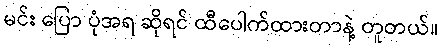
မင်း ပြော ပုံအရ ဆိုရင် ထီပေါက်ထားတာနဲ့ တူတယ်။